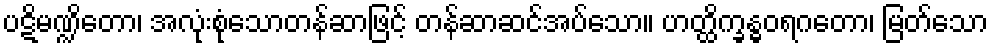
ပဋိမဏ္ဍိတော၊ အလုံးစုံသောတန်ဆာဖြင့် တန်ဆာဆင်အပ်သော။ ဟတ္ထိက္ခန္ဓဝရဂတော၊ မြတ်သော